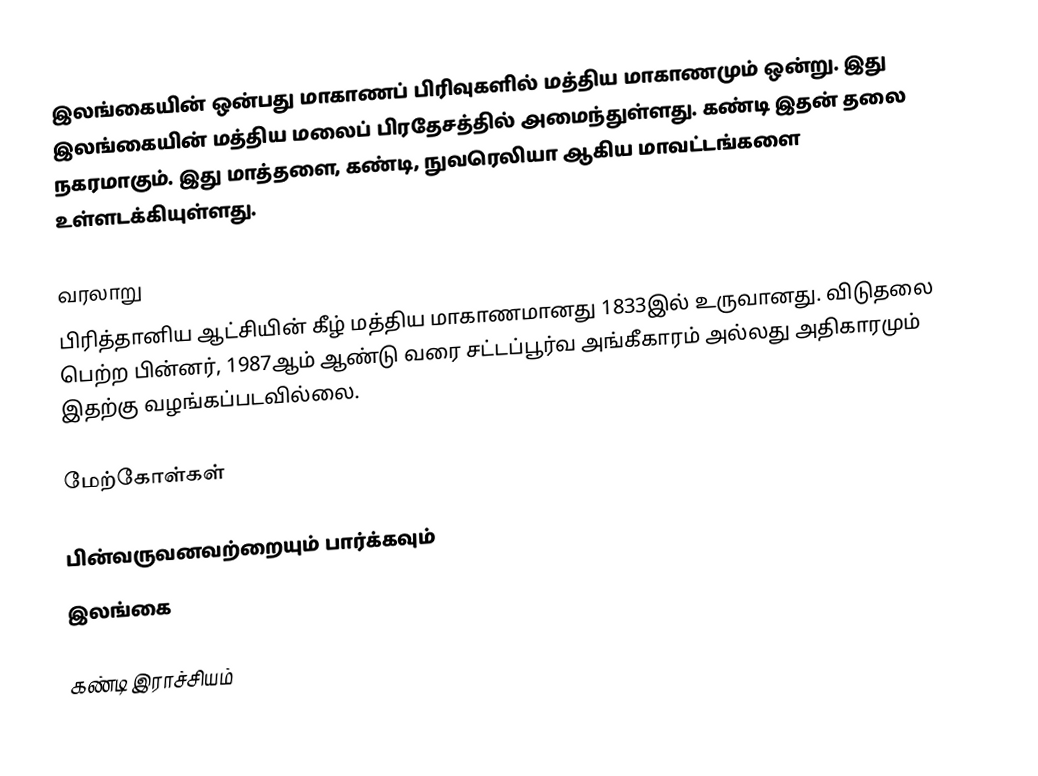
இலங்கையின் ஒன்பது மாகாணப் பிரிவுகளில் மத்திய மாகாணமும் ஒன்று. இது இலங்கையின் மத்திய மலைப் பிரதேசத்தில் அமைந்துள்ளது. கண்டி இதன் தலை நகரமாகும். இது மாத்தளை, கண்டி, நுவரெலியா ஆகிய மாவட்டங்களை உள்ளடக்கியுள்ளது.

வரலாறு
பிரித்தானிய ஆட்சியின் கீழ் மத்திய மாகாணமானது 1833இல் உருவானது. விடுதலை பெற்ற பின்னர், 1987ஆம் ஆண்டு வரை சட்டப்பூர்வ அங்கீகாரம் அல்லது அதிகாரமும் இதற்கு வழங்கப்படவில்லை.

மேற்கோள்கள்

பின்வருவனவற்றையும் பார்க்கவும்
 இலங்கை

கண்டி இராச்சியம்